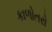
કાળોતરો